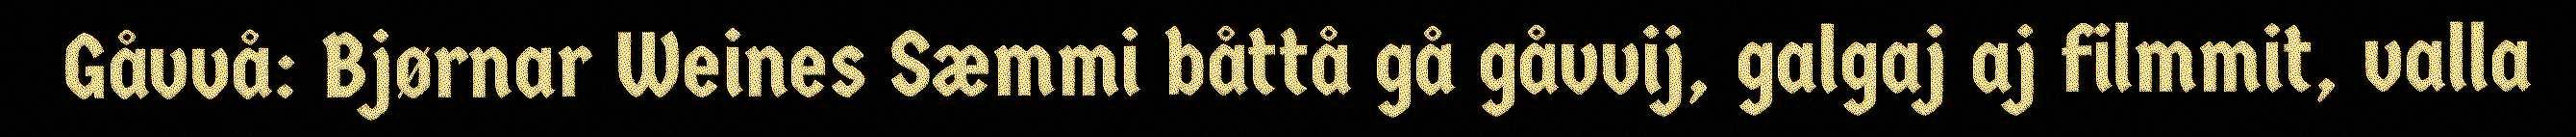
Gåvvå: Bjørnar Weines Sæmmi båttå gå gåvvij, galgaj aj filmmit, valla